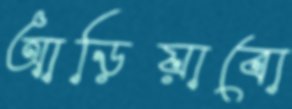
আড়িয়াবো